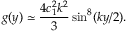
g ( y ) \simeq \frac { 4 c _ { 1 } ^ { 2 } k ^ { 2 } } { 3 } \sin ^ { 8 } ( k y / 2 ) .